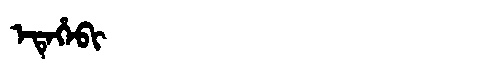
Manchu: ᡝᡨᡝᡥᡝᠪᡳ
Romanization: ETEHEBI